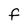
Character: F